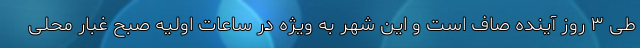
طی ۳ روز آینده صاف است و این شهر به ویژه در ساعات اولیه صبح غبار محلی